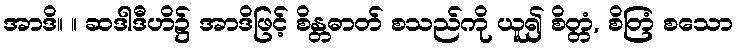
အာဒိ။ ။ ဆဒါဒီဟိ၌ အာဒိဖြင့် စိန္တဓာတ် စသည်ကို ယူ၍ စိတ္တံ, စိတြံ စသော